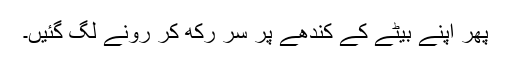
پھر اپنے بیٹے کے کندھے پر سر رکھ کر رونے لگ گئیں۔